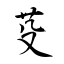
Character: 芟